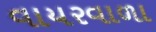
વાયરવાળા